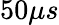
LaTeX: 50\mu s